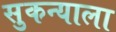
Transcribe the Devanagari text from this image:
सुकन्याला